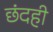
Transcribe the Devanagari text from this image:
छंदही